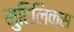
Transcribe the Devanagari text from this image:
मुटिलिक्स